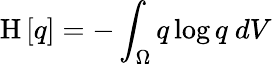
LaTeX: \mathrm{H}\left[{q}\right]=-\int_{\Omega}q\log q\ dV